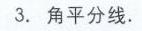
3. 角平分线.